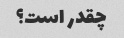
چقدر است؟